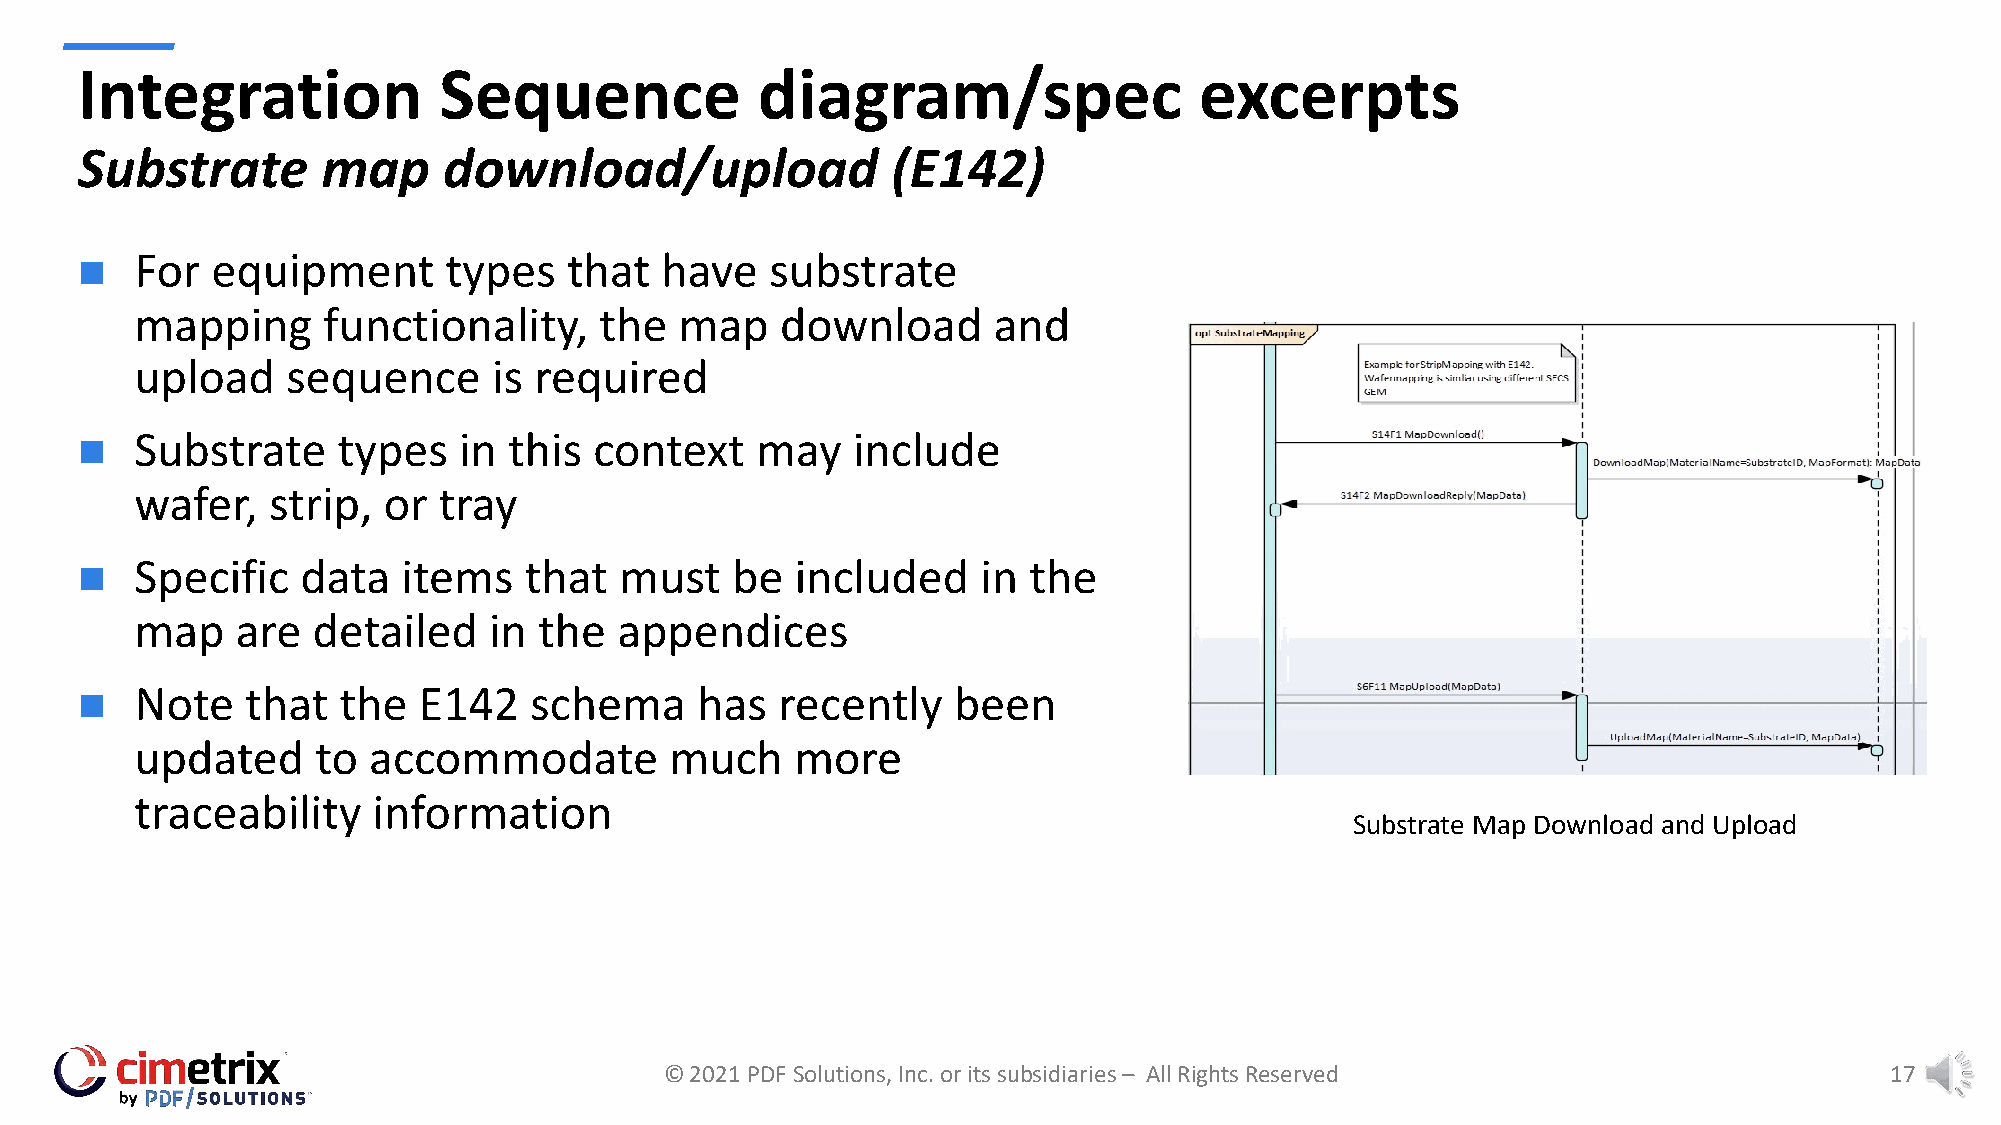
Integration             Sequence             diagram/spec                 excerpts
 Substrate       map     download/upload               (E142)
 For  equipment      types    that  have   substrate
 n
 mapping     functionality,     the  map    download      and
 upload    sequence      is required
 Substrate    types   in  this context    may   include
 n
 wafer,   strip, or  tray
 Specific   data   items   that  must   be   included    in the
 n
 map    are  detailed   in  the  appendices
 Note   that  the   E142   schema     has  recently    been
 n
 updated     to accommodate         much     more
 traceability    information
 Substrate Map Download and Upload
 © 2021 PDF Solutions, Inc. or its subsidiaries – All Rights Reserved             17